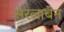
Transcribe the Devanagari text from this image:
सरलाबेन